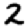
Digit: 2